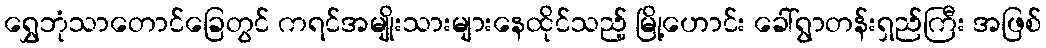
ရွှေဘုံသာတောင်ခြေတွင် ကရင်အမျိုးသားများနေထိုင်သည့် မြို့ဟောင်း ခေါ်ရွာတန်းရှည်ကြီး အဖြစ်